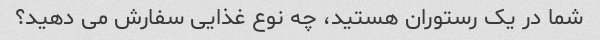
شما در یک رستوران هستید، چه نوع غذایی سفارش می دهید؟